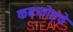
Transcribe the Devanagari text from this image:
कढ़फोड़वे